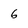
Character: 6